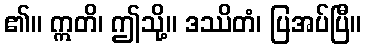
၏။ ဣတိ၊ ဤသို့။ ဒဿိတံ၊ ပြအပ်ပြီ။